Rangoon Lunatic Asylum 1898-1906 - 1898-1906
Year: 1898
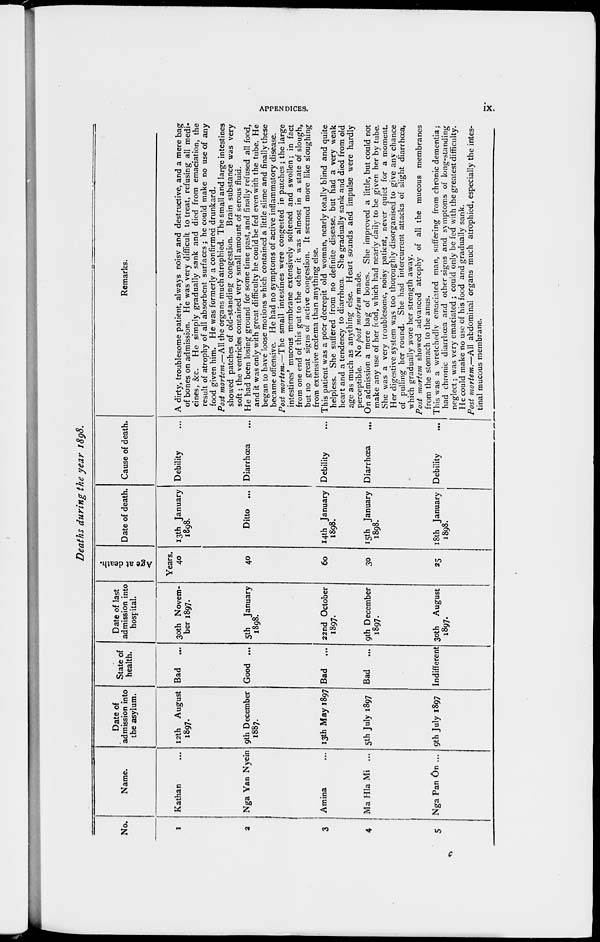
APPENDICES.
ix.
Deaths during the year 1898.
No.
1
2
3
4
5
Name.
Kathan ...
Nga Yan Nyein
Amina ...
Ma Hla Mi ...
Nga Pan On ...
Date of
admission into
the asylum.
12th August
1897.
9th December
1887.
13th May 1897
5th July 1897
9th July 1897
State of
health.
Bad
...
Good ...
Bad
...
Bad
...
Indifferent
Date of last
admission into
hospital.
30th Novem-
ber 1897.
5th January
1898.
22nd October
1897.
9th December
1897.
30th August
1897.
Age at death.
Years.
40
40
60
30
25
Date of death.
13th January
1898.
Ditto ...
14th January
1898.
15th January
1898.
18th January
1898.
Cause of death.
Debility ...
Diarrhœa ...
Debility ...
Diarrhœa
...
Debility
...
Remarks.
A dirty, troublesome patient, always noisy and destructive, and a mere bag
of bones on admission. He was very difficult to treat, refusing all medi-
cines, &c. He simply gradually sank and died from emaciation, the
result of atrophy of all absorbent surfaces; he could make no use of any
food given him. He was formerly a confirmed drunkard.
Post mortem.—All the organs much atrophied. The small and large intestines
showed patches of old-standing congestion. Brain substance was very
soft; the ventricles contained very small amount of serous fluid.
He had been losing ground for some time past, and finally refused all food,
and it was only with great difficulty he could be fed even with the tube. He
began to have loose motions which contained a little slime and finally these
became offensive. He had no symptoms of active inflammatory disease.
Post mortem.—The small intestines were congested in patches; the large
intestines' mucous membrane extensively softened and swollen; in fact
from one end of this gut to the other it was almost in a state of slough,
but no great signs of active congestion. It seemed more like sloughing
from extensive œdema than anything else.
This patient was a poor decrepit old woman, nearly totally blind and quite
helpless. She suffered from no definite disease, but had a very weak
heart and a tendency to diarrhœa. She gradually sank and died from old
age as much as anything else. Heart sounds and impulse were hardly
perceptible. No post mortem made.
On admission a mere bag of bones. She improved a little, but could not
make any use of her food, which had nearly daily to be given her by tube.
She was a very troublesome, noisy patient, never quiet for a moment.
Her digestive system was too thoroughly disorganised to give any chance
of pulling her round. She had intercurrent attacks of slight diarrhœa,
which gradually wore her strength away.
Post mortem showed advanced atrophy of all the mucous membranes
from the stomach to the anus.
This was a wretchedly emaciated man, suffering from chronic dementia;
had chronic diarrhœa and other signs and symptoms of long-standing
neglect; was very emaciated ; could only be fed with the greatest difficulty.
He could make no use of his food and gradually sank.
Post mortem.—All abdominal organs much atrophied, especially the intes-
tinal mucous membrane.